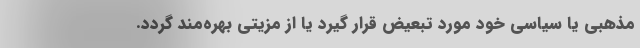
مذهبی یا سیاسی خود مورد تبعیض قرار گیرد یا از مزیتی بهره‌مند گردد.